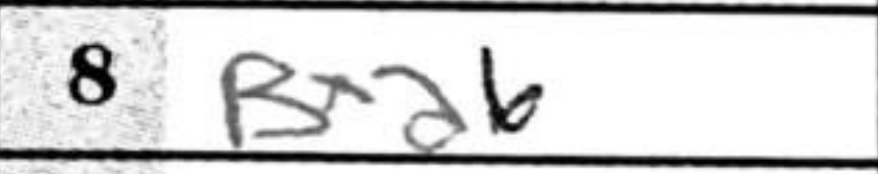
Transcription: Bxa6